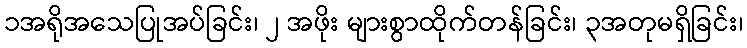
၁အရိုအသေပြုအပ်ခြင်း၊ ၂ အဖိုး များစွာထိုက်တန်ခြင်း၊ ၃အတုမရှိခြင်း၊